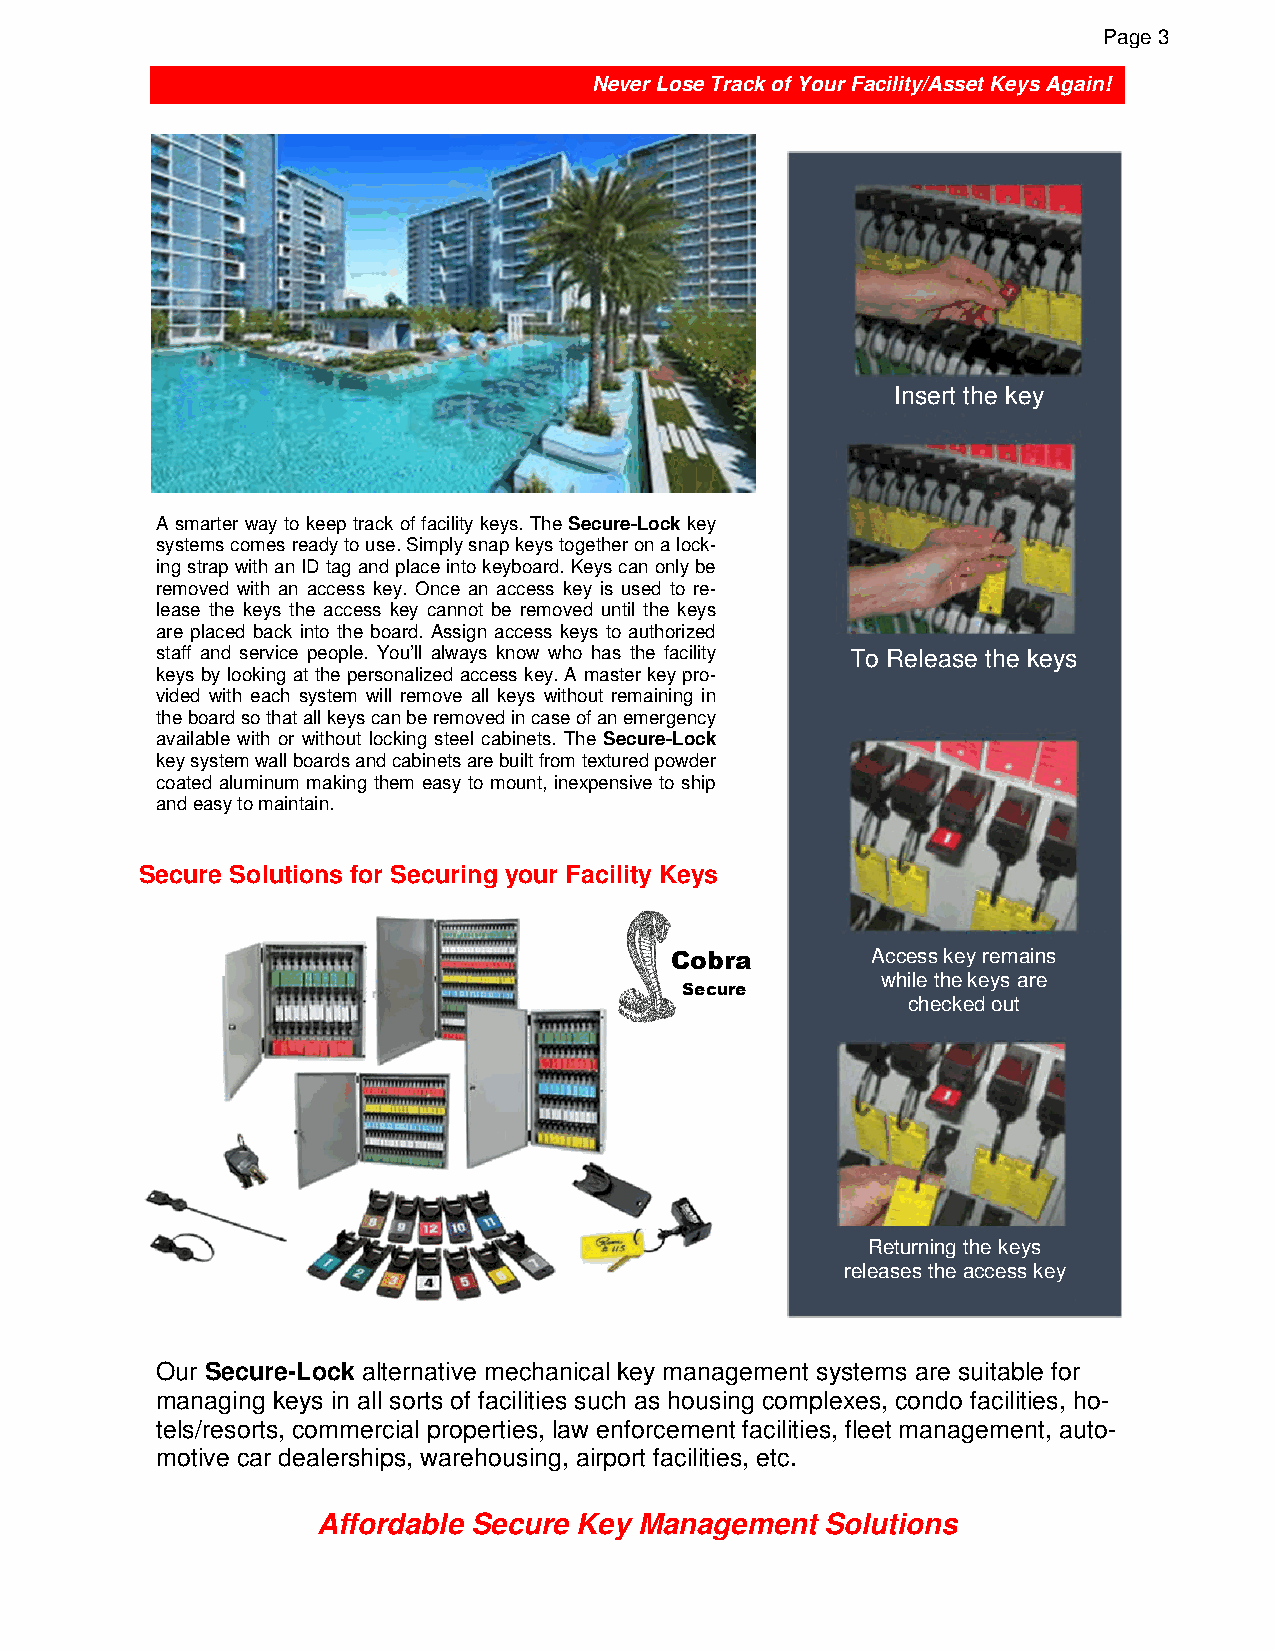
Page 3
 Never Lose Track of Your Facility/Asset Keys Again!
 Insert the key
 A smarter way to keep track of facility keys. The Secure-Lock key
 systems comes ready to use. Simply snap keys together on a lock-
 ing strap with an ID tag and place into keyboard. Keys can only be
 removed with an access key. Once an access key is used to re-
 lease the keys the access key cannot be removed until the keys
 are placed back into the board. Assign access keys to authorized
 staff and service people. You’ll always know who has the facility To Release the keys
 keys by looking at the personalized access key. A master key pro-
 vided with each system will remove all keys without remaining in
 the board so that all keys can be removed in case of an emergency
 available with or without locking steel cabinets. The Secure-Lock
 key system wall boards and cabinets are built from textured powder
 coated aluminum making them easy to mount, inexpensive to ship
 and easy to maintain.
 Secure Solutions for Securing your Facility Keys
 Cobra         Access key remains
 while the keys are
 Secure
 checked out
 Returning the keys
 releases the access key
 Our Secure-Lock alternative mechanical key management systems are suitable for
 managing keys in all sorts of facilities such as housing complexes, condo facilities, ho-
 tels/resorts, commercial properties, law enforcement facilities, fleet management, auto-
 motive car dealerships, warehousing, airport facilities, etc.
 Affordable Secure Key Management  Solutions